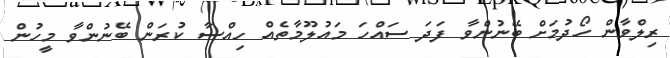
ރިލްވާން ހޯދުމަށް ބޭނުންވާ ފަދަ ސައްހަ މައުލޫމާތެއް ހިއްސާ ކުރަން ބޭނުންވާ މީހުން